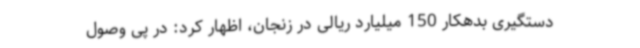
دستگیری بدهکار 150 میلیارد ریالی در زنجان، اظهار کرد: در پی وصول